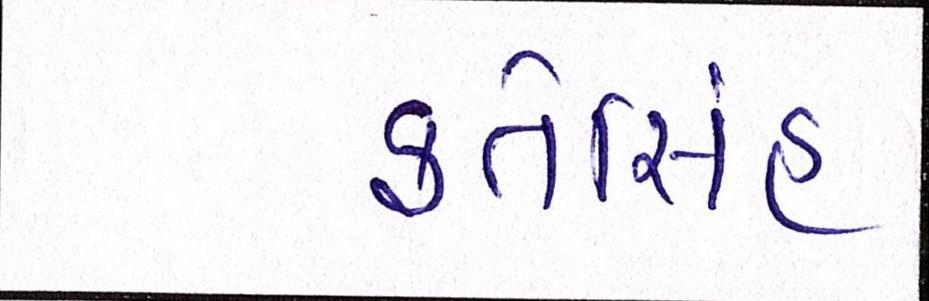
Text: ફતેસિંહ